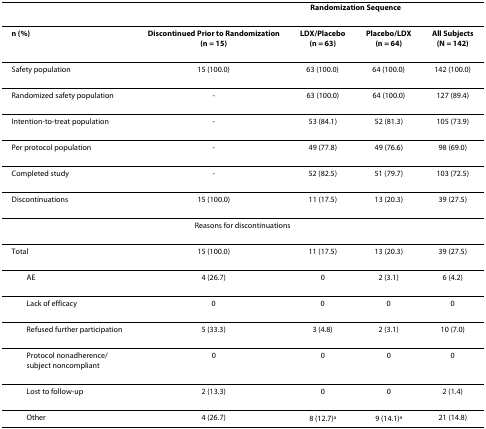
<table><thead><tr><td></td><td></td><td colspan="2"><b>Randomization Sequence</b></td><td></td></tr></thead><tbody><tr><td><b>n (%)</b></td><td><b>Discontinued Prior to Randomization</b><b>(n = 15)</b></td><td><b>LDX/Placebo</b><b>(n = 63)</b></td><td><b>Placebo/LDX</b><b>(n = 64)</b></td><td><b>All Subjects</b><b>(N = 142)</b></td></tr><tr><td>Safety population</td><td>15 (100.0)</td><td>63 (100.0)</td><td>64 (100.0)</td><td>142 (100.0)</td></tr><tr><td>Randomized safety population</td><td>-</td><td>63 (100.0)</td><td>64 (100.0)</td><td>127 (89.4)</td></tr><tr><td>Intention-to-treat population</td><td>-</td><td>53 (84.1)</td><td>52 (81.3)</td><td>105 (73.9)</td></tr><tr><td>Per protocol population</td><td>-</td><td>49 (77.8)</td><td>49 (76.6)</td><td>98 (69.0)</td></tr><tr><td>Completed study</td><td>-</td><td>52 (82.5)</td><td>51 (79.7)</td><td>103 (72.5)</td></tr><tr><td>Discontinuations</td><td>15 (100.0)</td><td>11 (17.5)</td><td>13 (20.3)</td><td>39 (27.5)</td></tr><tr><td colspan="5">Reasons for discontinuations</td></tr><tr><td>Total</td><td>15 (100.0)</td><td>11 (17.5)</td><td>13 (20.3)</td><td>39 (27.5)</td></tr><tr><td> AE</td><td>4 (26.7)</td><td>0</td><td>2 (3.1)</td><td>6 (4.2)</td></tr><tr><td> Lack of efficacy</td><td>0</td><td>0</td><td>0</td><td>0</td></tr><tr><td> Refused further participation</td><td>5 (33.3)</td><td>3 (4.8)</td><td>2 (3.1)</td><td>10 (7.0)</td></tr><tr><td> Protocol nonadherence/subject noncompliant</td><td>0</td><td>0</td><td>0</td><td>0</td></tr><tr><td> Lost to follow-up</td><td>2 (13.3)</td><td>0</td><td>0</td><td>2 (1.4)</td></tr><tr><td> Other</td><td>4 (26.7)</td><td>8 (12.7)<sup>a</sup></td><td>9 (14.1)<sup>a</sup></td><td>21 (14.8)</td></tr></tbody></table>